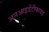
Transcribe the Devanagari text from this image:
अनआइडेंटीफायड